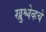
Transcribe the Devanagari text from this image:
ख्रुश्चेव्हचे